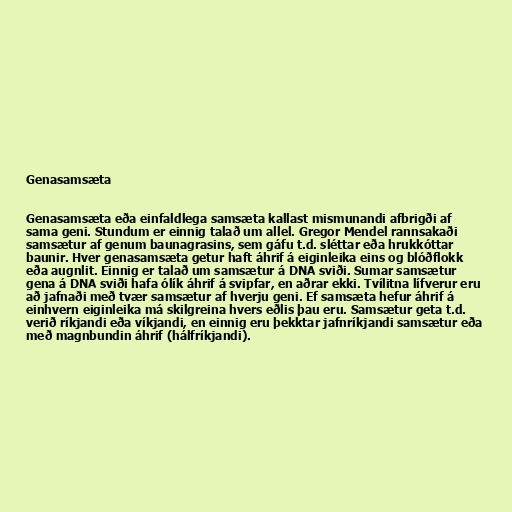
Genasamsæta

Genasamsæta eða einfaldlega samsæta kallast mismunandi afbrigði af
sama geni. Stundum er einnig talað um allel. Gregor Mendel rannsakaði
samsætur af genum baunagrasins, sem gáfu t.d. sléttar eða hrukkóttar
baunir. Hver genasamsæta getur haft áhrif á eiginleika eins og blóðflokk
eða augnlit. Einnig er talað um samsætur á DNA sviði. Sumar samsætur
gena á DNA sviði hafa ólík áhrif á svipfar, en aðrar ekki. Tvílitna lífverur eru
að jafnaði með tvær samsætur af hverju geni. Ef samsæta hefur áhrif á
einhvern eiginleika má skilgreina hvers eðlis þau eru. Samsætur geta t.d.
verið ríkjandi eða víkjandi, en einnig eru þekktar jafnríkjandi samsætur eða
með magnbundin áhrif (hálfríkjandi).